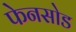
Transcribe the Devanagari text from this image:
फेनसोड